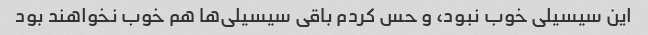
این سیسیلی خوب نبود، و حس کردم باقی سیسیلی‌ها هم خوب نخواهند بود